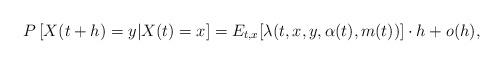
LaTeX: \begin{align*}P\left[X(t+h)= y | X(t) =x\right] = E_{t,x}[\lambda(t,x,y,\alpha(t),m(t))] \cdot h + o(h),\end{align*}